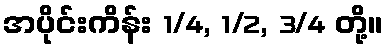
အပိုင်းကိန်း 1/4, 1/2, 3/4 တို့။